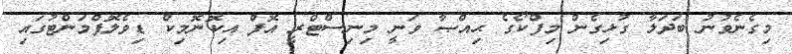
މިގެނެވުނު ބަދަލާ ގުޅިގެން މިފްކޯގެ ޙިއްޞާ ވަނީ މިނިސްޓްރީ އޮފް އިކޮނޮމިކް ޑިވެލޮޕްމަންޓުގައި